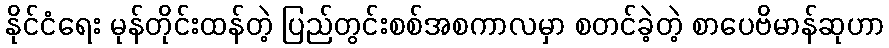
နိုင်ငံရေး မုန်တိုင်းထန်တဲ့ ပြည်တွင်းစစ်အစကာလမှာ စတင်ခဲ့တဲ့ စာပေဗိမာန်ဆုဟာ